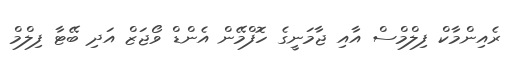
ރެއިންމާކް ފިލްމްސް އާއި ޖާމަނީގެ ހޮފްމޭން އެންޑް ވޯޖަޒް އަދި ބޭޓާ ފިލްމް